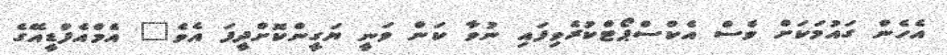
އެހެން ގައުމަކަށް ވެސް އެކްސްޕޯޓްކުރެވިފައި ނުވާ ކަން ވަނީ ޔަގީންކޮށްދީފަ އެވެ" އެމްއެފްޑީއޭގެ